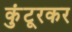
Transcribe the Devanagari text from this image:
कुंटूरकर